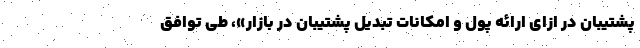
پشتیبان در ازای ارائه پول و امکانات تبدیل پشتیبان در بازار»، طی توافق